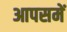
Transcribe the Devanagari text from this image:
आपसमें